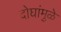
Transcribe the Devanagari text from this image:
दोघांमुळे